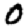
Digit: 0